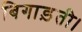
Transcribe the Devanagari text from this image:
बिगाड़ती।